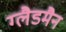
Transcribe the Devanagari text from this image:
ग्लैडमैन